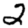
Digit: 2